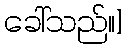
ခေါ်သည်။]